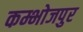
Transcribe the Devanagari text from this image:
कम्भोजपुर